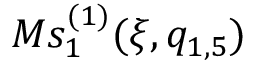
M s _ { 1 } ^ { ( 1 ) } ( \xi , q _ { 1 , 5 } )